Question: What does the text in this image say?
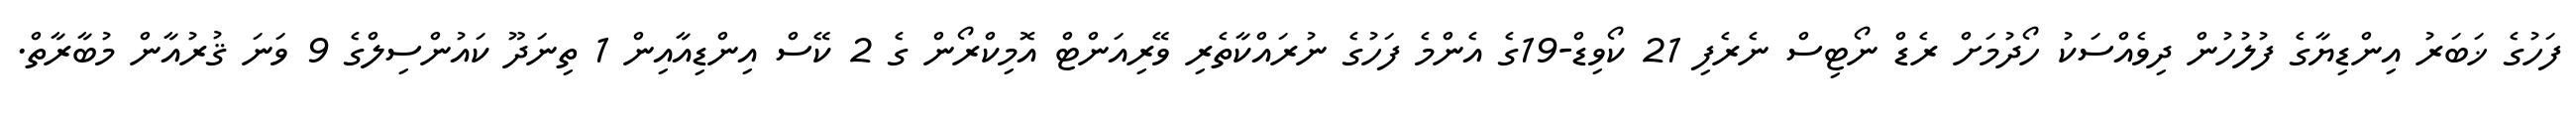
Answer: ފަހުގެ ޚަބަރު އިންޑިޔާގެ ފުލުހުން ދިވެއްސަކު ހޯދުމަށް ރެޑް ނޯޓިސް ނެރެފި 21 ކޯވިޑް-19ގެ އެންމެ ފަހުގެ ނުރައްކާތެރި ވޭރިއަންޓް އޮމިކްރޯން ގެ 2 ކޭސް އިންޑިއާއިން 1 ތިނަދޫ ކައުންސިލްގެ 9 ވަނަ ޤުރުއާން މުބާރާތް.